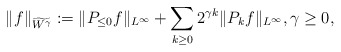
\begin{align*}\| f \|_{\widetilde{W^{\gamma}}}:= \| P_{\leq 0}f\|_{L^\infty} + \sum_{k\geq 0} 2^{\gamma k} \| P_k f\|_{L^\infty}, \gamma \geq 0,\end{align*}